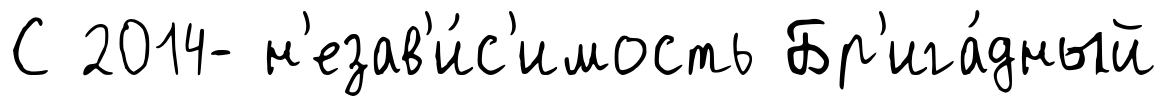
С 2014- н'езав'и́с'имость Бр'ига́дный